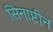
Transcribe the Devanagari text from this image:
सिनाप्टीन